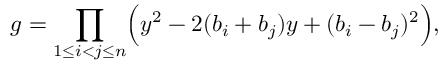
g = \prod _ { 1 \leq i < j \leq n } \Bigl ( y ^ { 2 } - 2 ( b _ { i } + b _ { j } ) y + ( b _ { i } - b _ { j } ) ^ { 2 } \Bigr ) ,